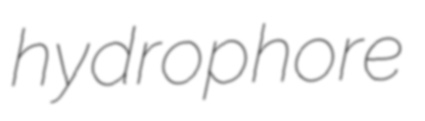
hydrophore